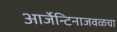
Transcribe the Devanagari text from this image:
आर्जेन्टिनाजवळचा